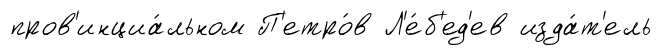
пров'инциа́льном П'етро́в Л'е́б'ед'ев изда́т'ель